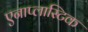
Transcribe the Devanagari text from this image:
एनाप्लास्टिक